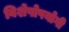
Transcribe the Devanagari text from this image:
विशेषोपयोगी